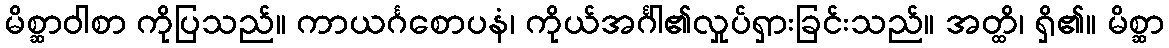
မိစ္ဆာဝါစာ ကိုပြသည်။ ကာယင်္ဂစောပနံ၊ ကိုယ်အင်္ဂါ၏လှုပ်ရှားခြင်းသည်။ အတ္ထိ၊ ရှိ၏။ မိစ္ဆာ